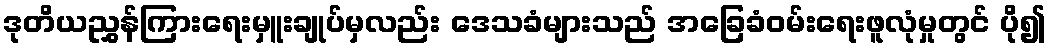
ဒုတိယညွှန်ကြားရေးမှူးချုပ်မှလည်း ဒေသခံများသည် အခြေခံဝမ်းရေးဖူလုံမှုတွင် ပို၍